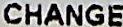
CHANGE